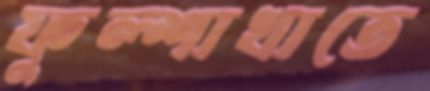
ফুল্শাখাতে